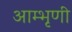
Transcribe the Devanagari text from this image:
आम्भृणी